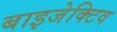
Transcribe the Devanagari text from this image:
बाइजेक्टिव